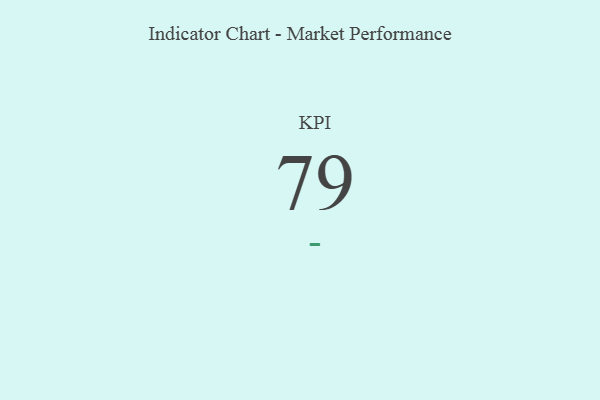
{"axis": {"x": "KPI", "y": "Value"}, "legend": [""], "data": [{"x": "KPI", "y": 79, "type": ""}]}